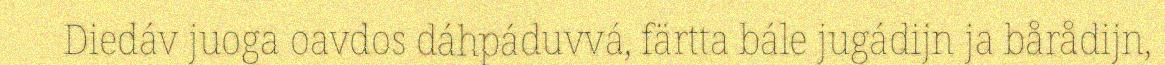
Diedáv juoga oavdos dáhpáduvvá, färtta bále jugádijn ja bårådijn,